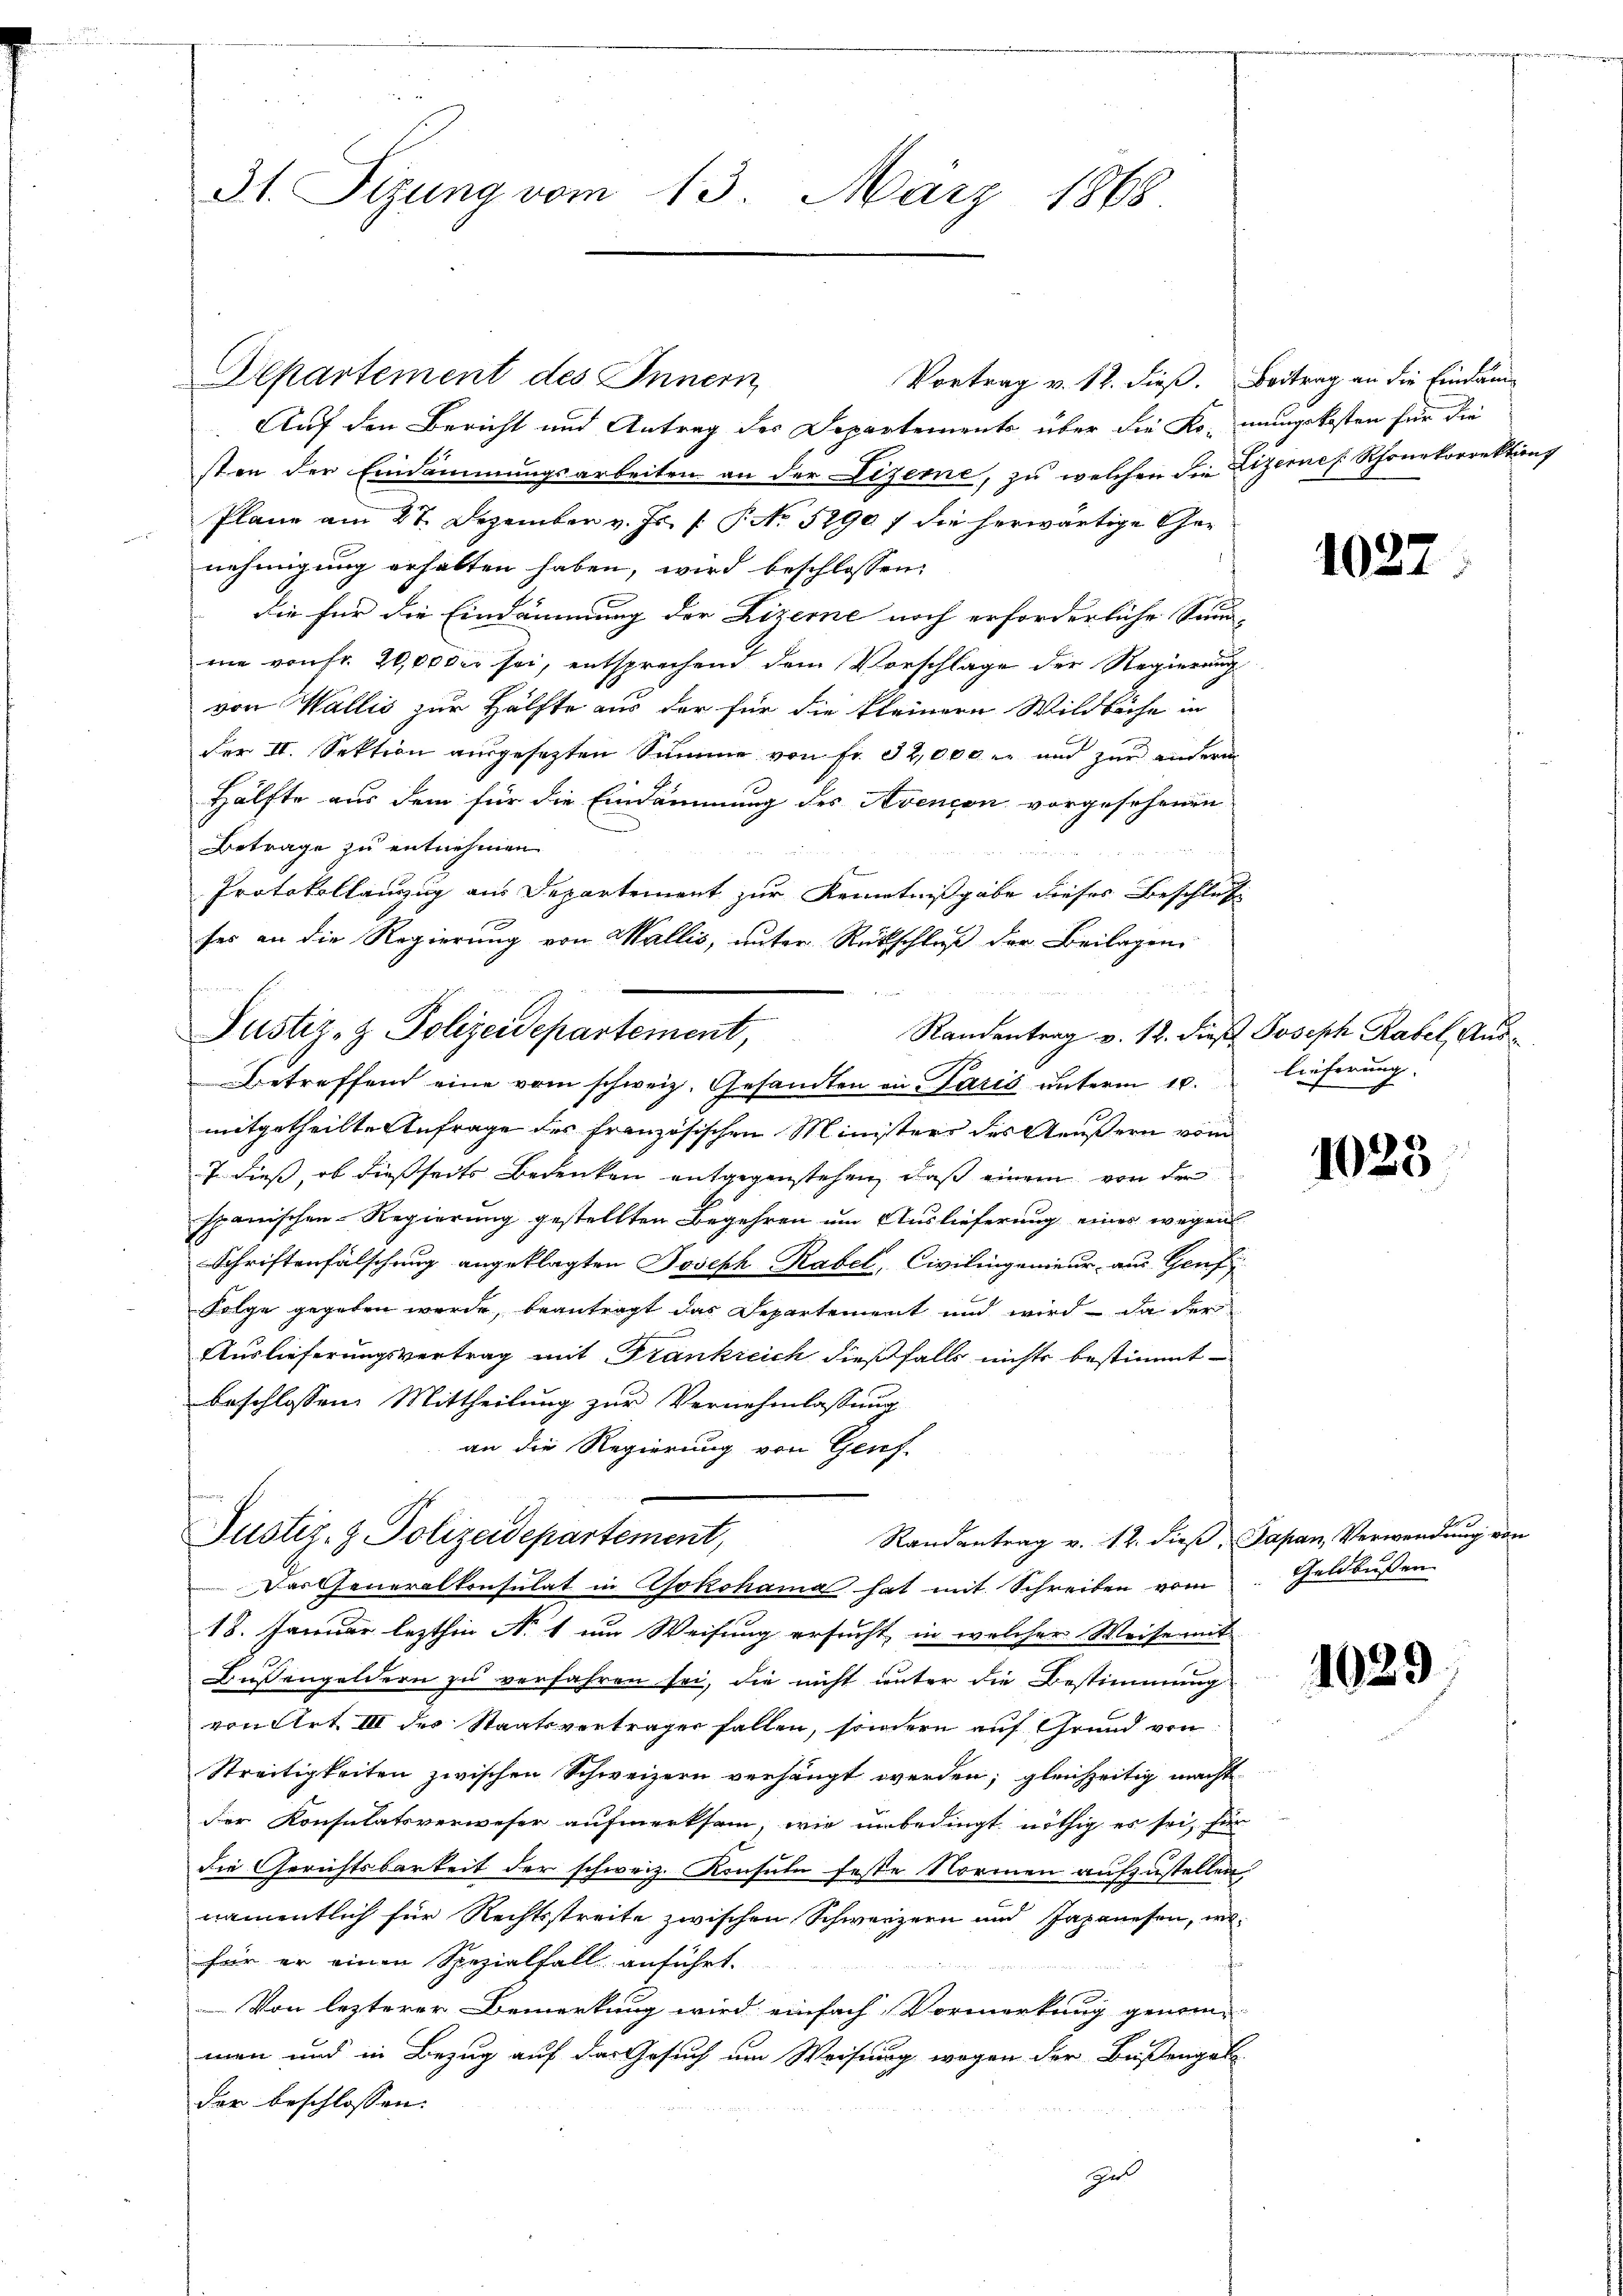
3t. Sizung vom 13. März 1868

Departement des Innern
Auf den Bericht und Antrag des Departements über die Ko-mungskosten für die
sten der Eindammungsarbeiten an der Lizerne, zu welchen die Lizerner Rhonetorrektions
Plane am 27. Dezember v. Js. f. P. Nr. 5290 f die herwärtige Genehmigung erhalten haben, wird beschlossen:
die für die Eindämmung der Lizerne noch erforderliche Samm-
rie von Fr. 20,000 er sei, entsprechend dem Vorschlage der Regierung
von Wallis zur Hälfte aus der für die kleinern Wildbäche in
der II. Sektion ausgesetzten Summe von Fr. 32,000 er und zur andern
Hälfte aus dem für die Eindammung des Avencon vorgesehenen
Betrage zu entnehmen
258
x
Protokollanzug aus Departement zur Kenntnißgabe dieses Beschluß
ses an die Regierung von Wallis, unter Rückschluß der Beilagen
o
Justiz- & Polizeidepartement, Randentrag v. 12. dieβ Joseph Rabel, Ausbetreffend eine vom schweiz. Gesandten in Paris unterm 10.
mitgetheilte Anfrage des französischen Ministers des Aeußern vom
7 dieß, ob dießseits Bedenken entgegenstehen, daß einem von de
spanischen Regierung gestellten Begehren um Auslieferung eines wegen
Schriftenfälschung angeklagten Joseph Rabel, Civilingenieur aus Genf
Folge gegeben werde, beantragt das Departement und wird – da der
Auslieferungsvertrag mit Frankreich dießfalls nichts bestimmt
beschlossen: Mittheilung zur Vernehmlassung
an die Regierung von Genf.

Justiz- & Polizeidepartement,
Das Generalkonsulat in Yokohama hat mit Schreiben vom

Vortrag v. 12. dieß. Beitrag an die Eindam-

Randantrag v. 12. dieß Japan, Verwendung von
18. Januar lezthin N. 1 um Weisung ersucht, in welcher Weise mit
Bußengeldern zu verfahren sei, die nicht unter die Bestimmung
von Art. III der Staatsverträger fallen, sondern auf Grund von
Streitigkeiten zwischen Schweizern verhängt werden; gleichzeitig macht
der Konsulatsverweser aufmerksam, wie unbedingt nöthig es sei, für
die Gerichtsbarkeit der schweiz. Konsuln feste Normen aufzustellen.
namentlich für Rechtsstreite zwischen Schwerzern und Japanesen, wofür er einen Spezialfall anführt.
Von lezterer Bemerkung wird einfach Vormerkung genommen und in Bezug auf das Gesuch um Weisung wegen der Bußengel
der beschlossen:
Ges

1027

lieferung. |

1023

Geldbußen

1029